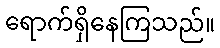
ရောက်ရှိနေကြသည်။